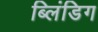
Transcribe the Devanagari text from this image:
ब्लिंडिग